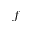
f